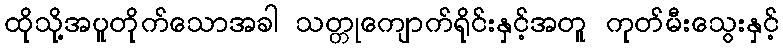
ထိုသို့အပူတိုက်သောအခါ သတ္တုကျောက်ရိုင်းနှင့်အတူ ကုတ်မီးသွေးနှင့်